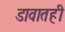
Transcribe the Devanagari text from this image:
डावातही